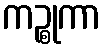
ကဉ္စုကာ